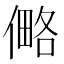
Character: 㑼